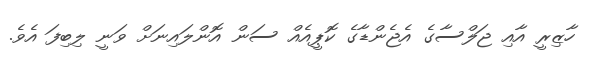
ހާޒިރީ އާއި ޖަލްސާގެ އެޖެންޑާގެ ކޮޕީއެއް ސަން އޮންލައިނަށް ވަނީ ލިބިފަ އެވެ.